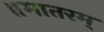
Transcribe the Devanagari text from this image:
॥मातरम्